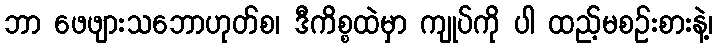
ဘာ ဖေဖျားသဘောဟုတ်စ၊ ဒီကိစ္စထဲမှာ ကျုပ်ကို ပါ ထည့်မစဉ်းစားနဲ့၊